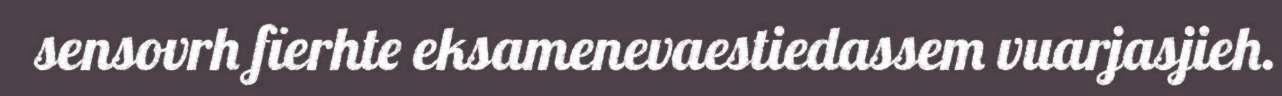
sensovrh fïerhte eksamenevaestiedassem vuarjasjieh.